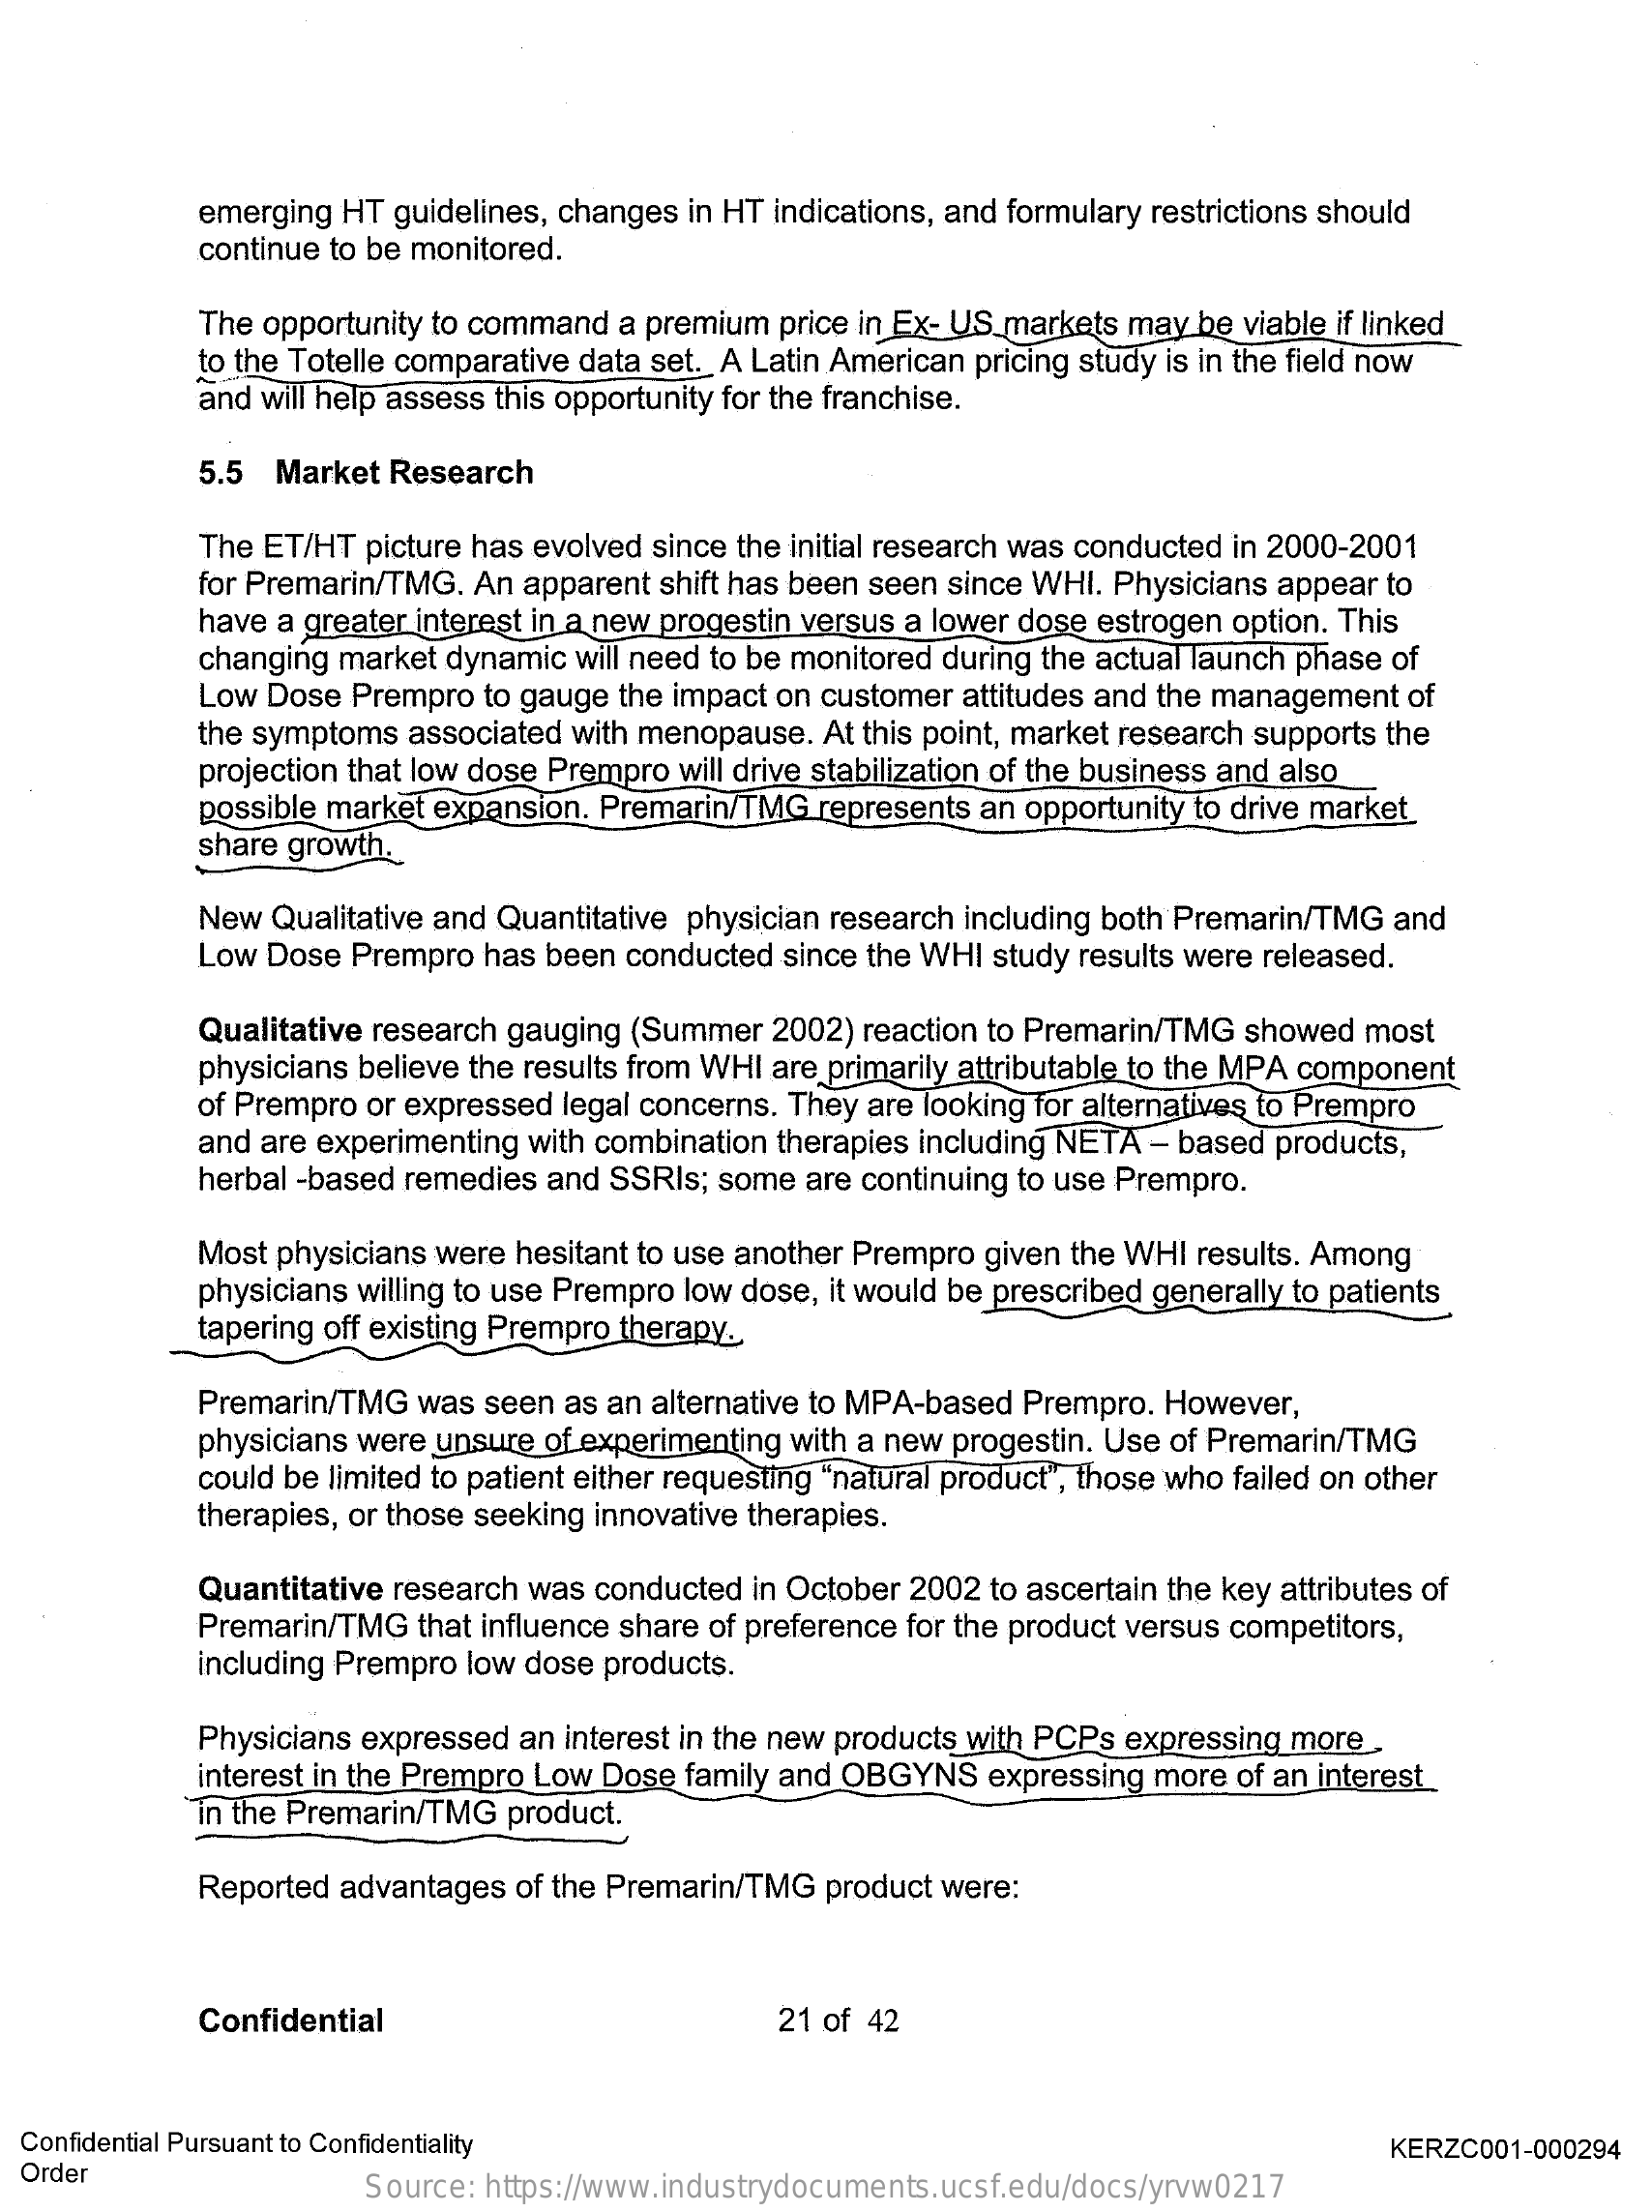
emerging HT guidelines, changes in HT indications, and formulary restrictions should
     continue to be monitored.
     The opportunity to command a premium price in Ex- US markets may be viable if linked
     to the Totelle comparative data set. A Latin American pricing study is in the field now
     and will help assess this opportunity for the franchise.
     5.5 Market Research
     The ET/HT picture has evolved since the initial research was conducted in 2000-2001
     for Premarin/TMG. An apparent shift has been seen since WHI. Physicians appear to
     have a greater interest in a new progestin versus a lower dose estrogen option. This
     changing market dynamic will need to be monitored during the actual launch phase of
     Low Dose Prempro to gauge the impact on customer attitudes and the management of
     the symptoms associated with menopause. At this point, market research supports the
     projection that low dose Prempro will drive stabilization of the business and also
     possible market expansion. Premarin/TMG represents an opportunity to drive market
     share growth.
     New Qualitative and Quantitative physician research including both Premarin/TMG and
     Low Dose Prempro has been conducted since the WHI study results were released.
     Qualitative research gauging (Summer 2002) reaction to Premarin/TMG showed most
     physicians believe the results from WHI are primarily attributable to the MPA component
     of Prempro or expressed legal concerns. They are looking for alternatives to Prempro
     and are experimenting with combination therapies including NETA - based products,
     herbal -based remedies and SSRIs; some are continuing to use Prempro.
     Most physicians were hesitant to use another Prempro given the WHI results. Among
     physicians willing to use Prempro low dose, it would be prescribed generally to patients
     tapering off existing Prempro therapy.
     Premarin/TMG  was seen as an alternative to MPA-based Prempro. However,
     physicians were unsure of experimenting with a new progestin. Use of Premarin/TMG
     could be limited to patient either requesting "natural product", those who failed on other
     therapies, or those seeking innovative therapies.
     Quantitative research was conducted in October 2002 to ascertain the key attributes of
     Premarin/TMG  that influence share of preference for the product versus competitors,
     including Prempro low dose products.
     Physicians expressed an interest in the new products with PCPs expressing more.
     interest in the Prempro Low Dose family and OBGYNS expressing more of an interest
     in the Premarin/TMG product.
     Reported advantages of the Premarin/TMG product were:
     Confidential    21 of 42
  Confidential Pursuant to Confidentiality
  Order
     KERZC001-000294
     Source: https://www.industrydocuments.ucsf.edu/docs/yrvw0217